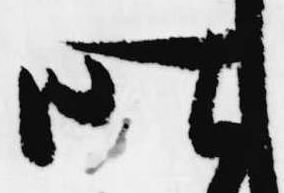
昨